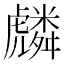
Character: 𮓯